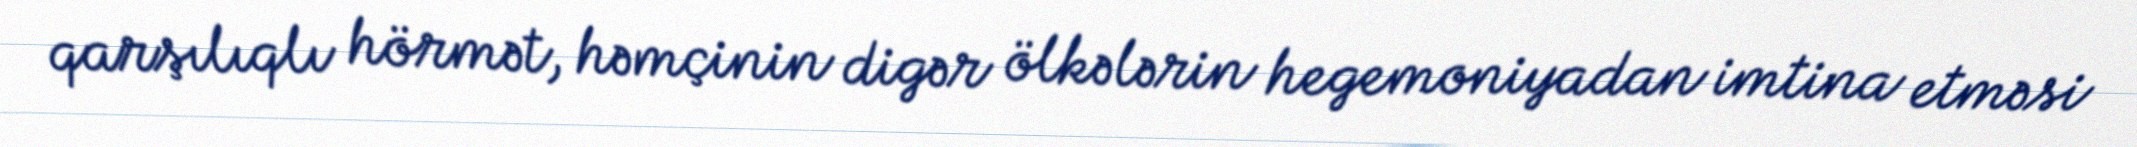
qarşılıqlı hörmət, həmçinin digər ölkələrin hegemoniyadan imtina etməsi